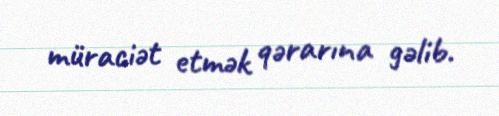
müraciət etmək qərarına gəlib.